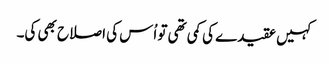
کہیں عقیدے کی کمی تھی تو اُس کی اصلاح بھی کی۔